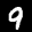
Label: 9